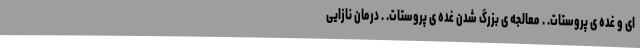
ای و غده ی پروستات. . معالجه ی بزرگ شدن غده ی پروستات. . درمان نازایی